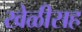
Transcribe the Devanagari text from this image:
खेळीसह